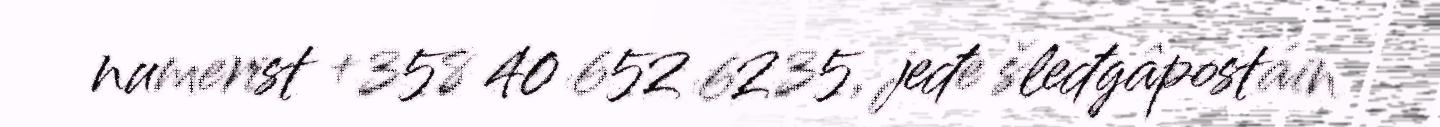
numerist +358 40 652 6235, jeđe šleđgâpostáin